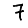
Digit: 7